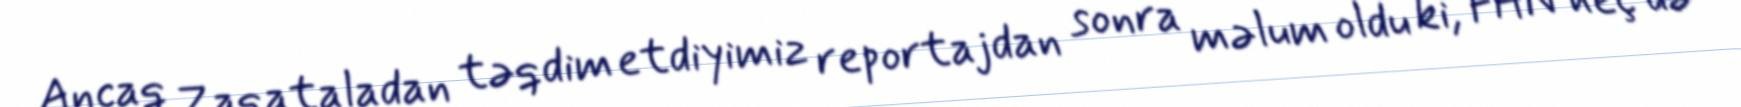
Ancaq Zaqataladan təqdim etdiyimiz reportajdan sonra məlum oldu ki, FHN heç də